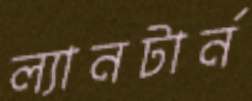
ল্যানটার্ন